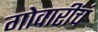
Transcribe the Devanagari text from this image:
गोवारींचं